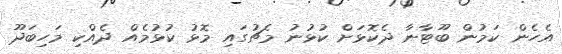
އެހެން ކަމުން ބޫޓާނާ ދެކޮޅަށް ކުޅުނު މެޗުގައި މޮޅު ކުޅުމެއް ދެއްކި މަހިބަދޫ